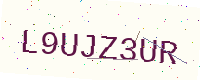
Text: L9UJZ3UR